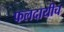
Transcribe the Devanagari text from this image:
फलदायीच